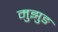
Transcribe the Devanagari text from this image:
मुझुङ